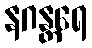
နဂန္တရေ